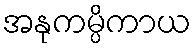
အနုကမ္ပိကာယ